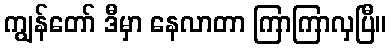
ကျွန်တော် ဒီမှာ နေလာတာ ကြာကြာလှပြီ။